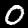
Digit: 0